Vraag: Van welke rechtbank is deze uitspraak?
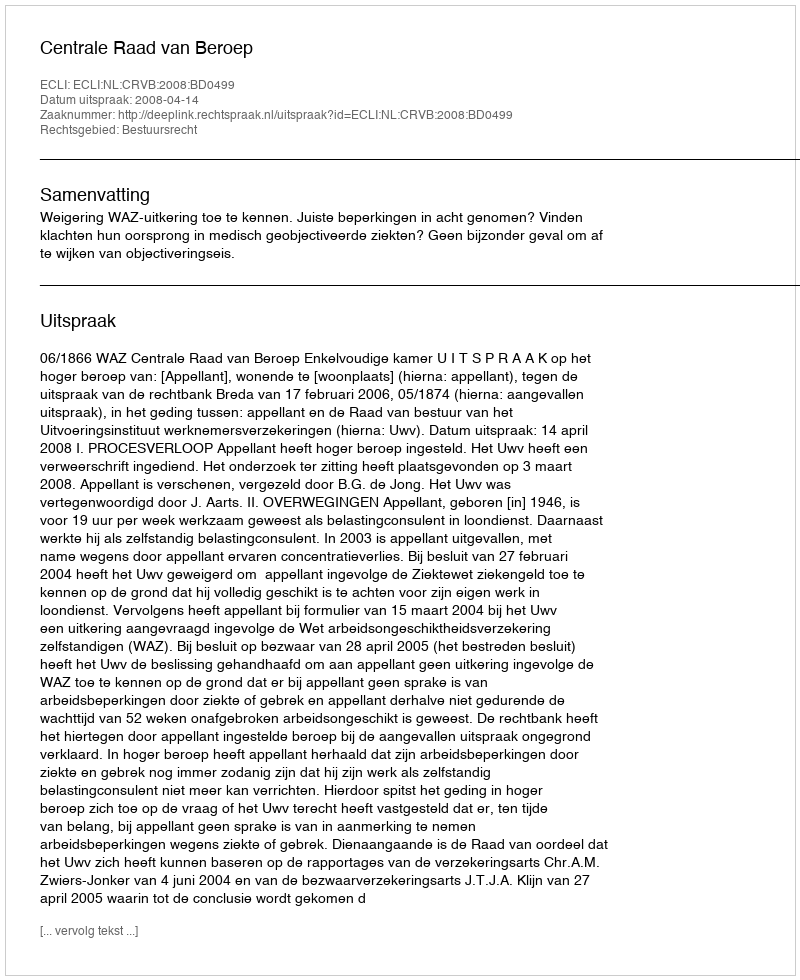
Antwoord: Centrale Raad van Beroep